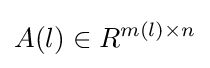
A(l)\in R^{m(l)\times n}